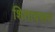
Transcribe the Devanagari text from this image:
शितावरून